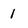
Character: 1